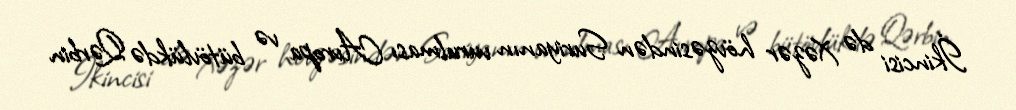
İkincisi də Xəzər hövzəsindən Suriyanın vurulması Avropa və bütövlükdə Qərbin